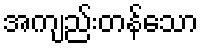
အကျည်းတန်သော